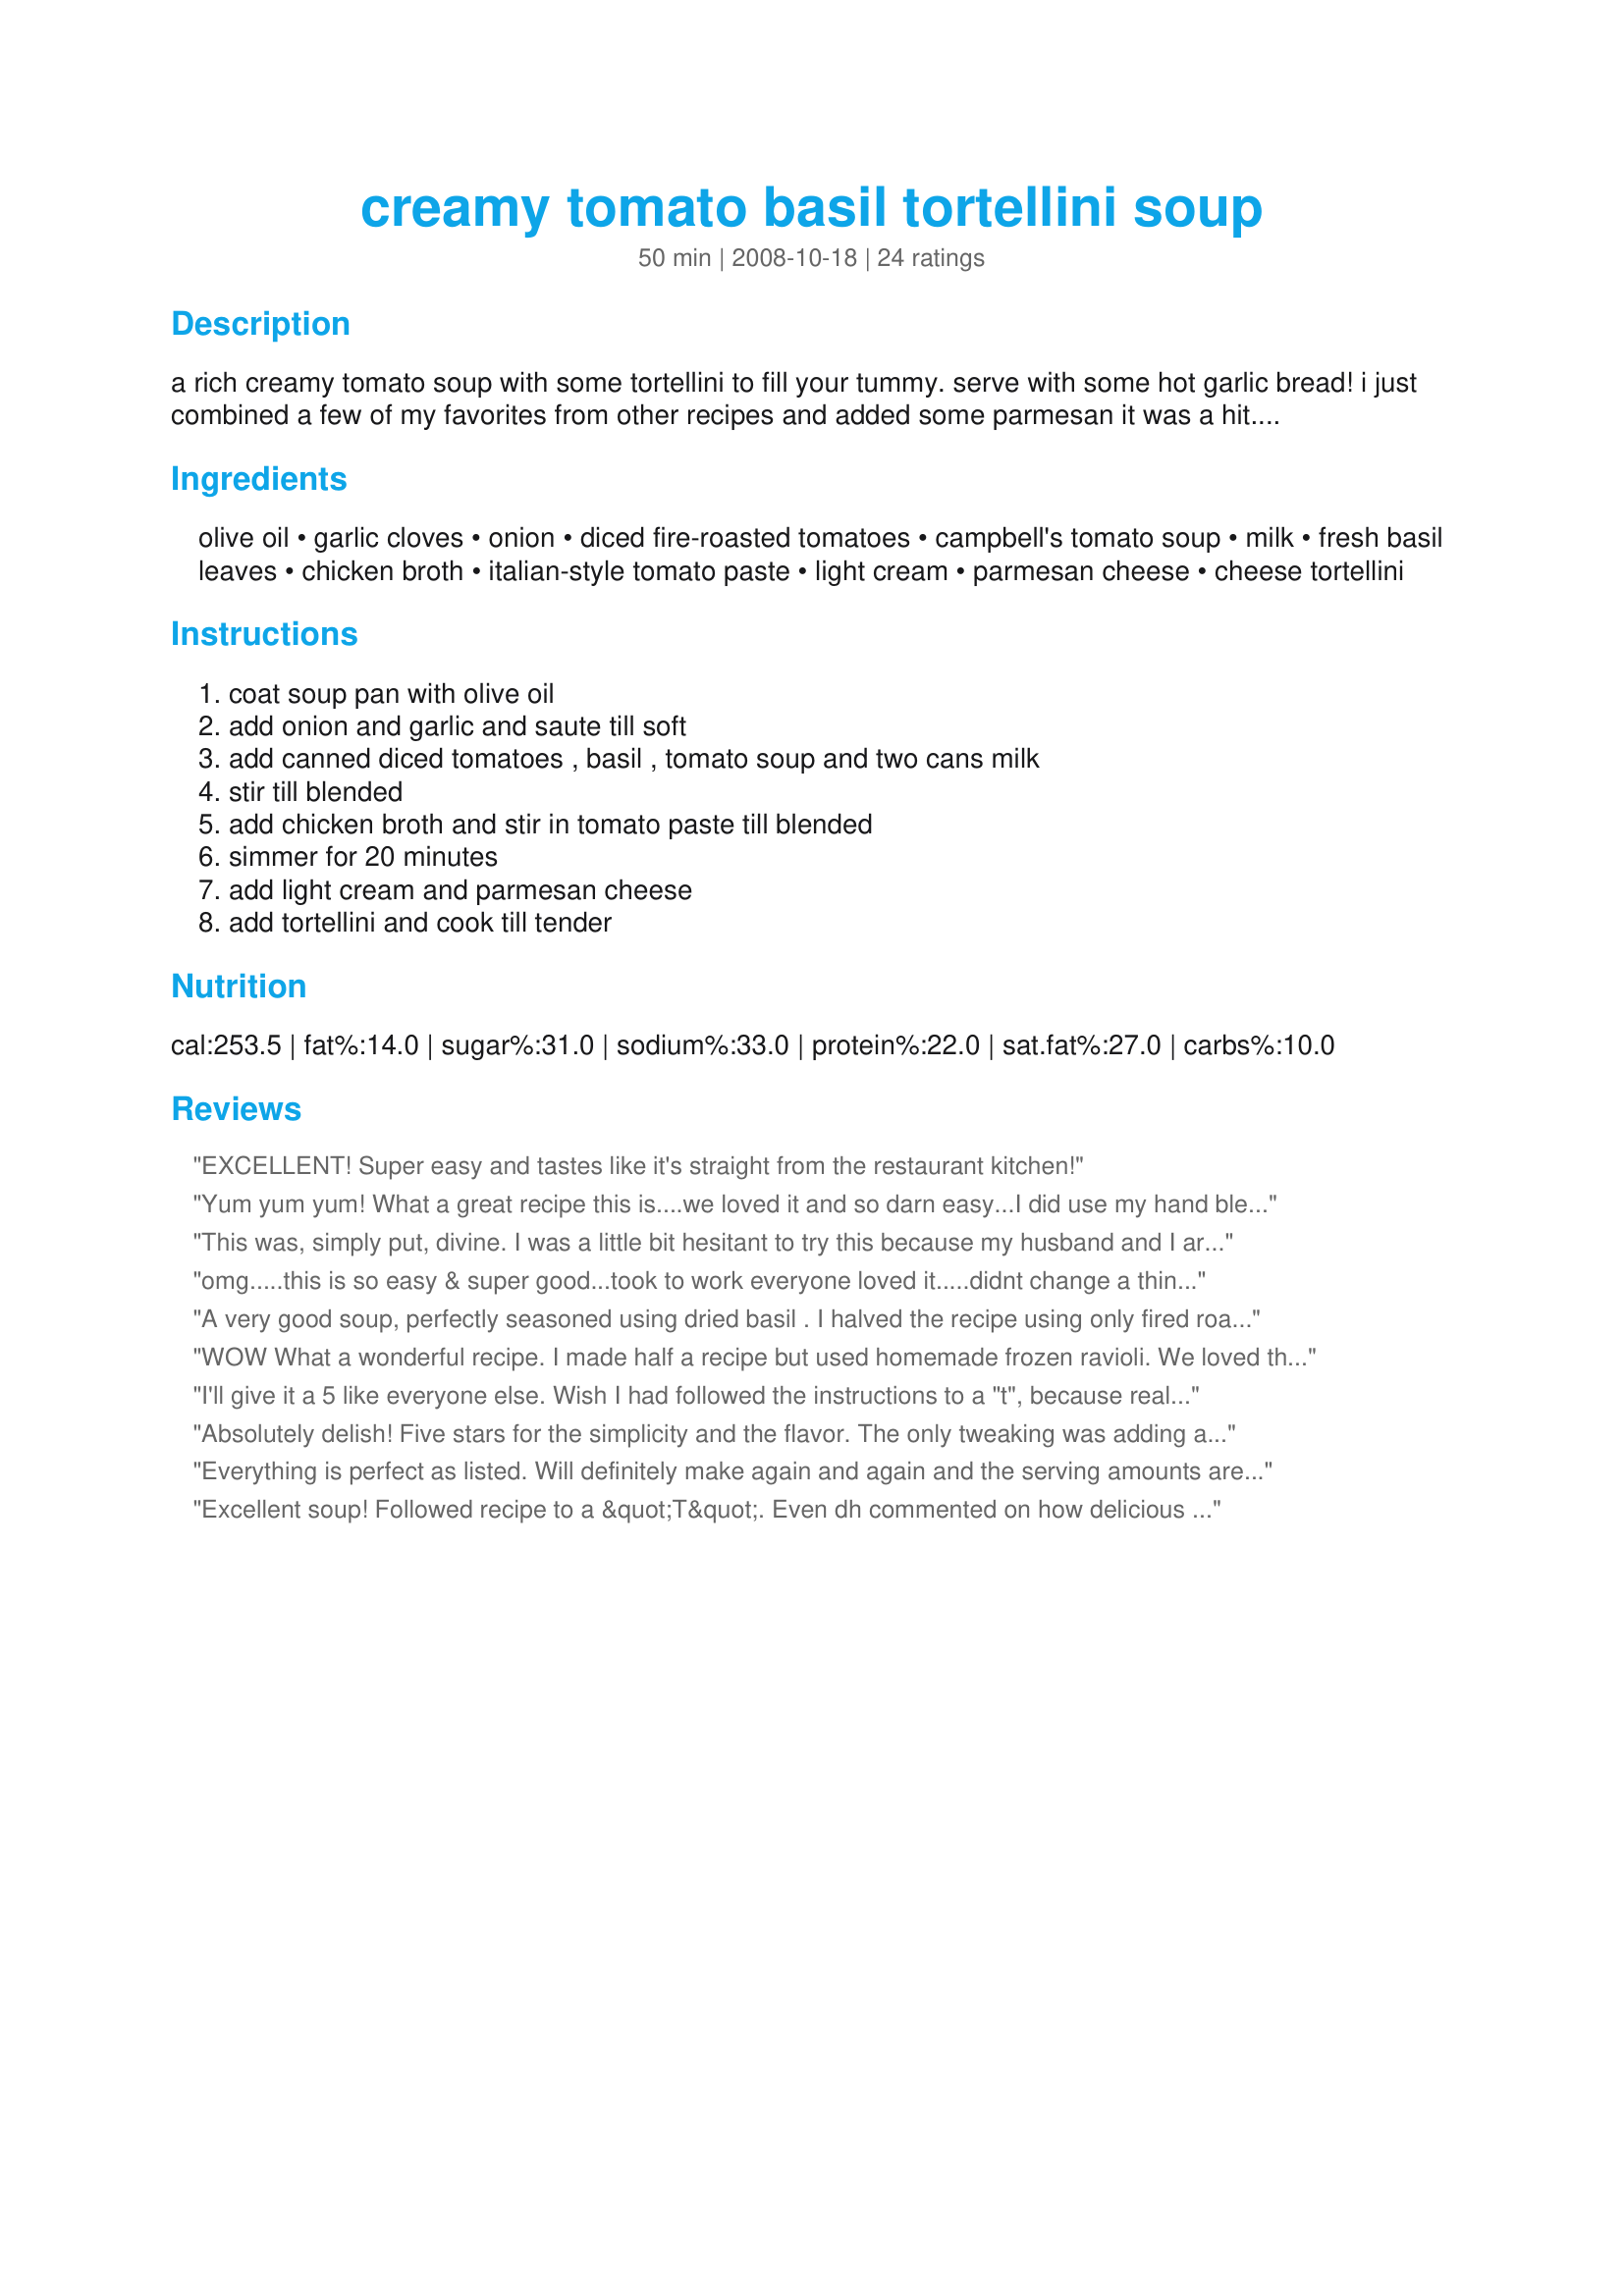
creamy tomato basil tortellini soup
Preparation time: 50 minutes

a rich creamy tomato soup with some tortellini to fill your tummy. serve with some hot garlic bread! i just combined a few of my favorites from other recipes and added some parmesan it was a hit. hope you enjoy it too!

Ingredients:
olive oil, garlic cloves, onion, diced fire-roasted tomatoes, campbell's tomato soup, milk, fresh basil leaves, chicken broth, italian-style tomato paste, light cream, parmesan cheese, cheese tortellini

Steps:
coat soup pan with olive oil, add onion and garlic and saute till soft, add canned diced tomatoes , basil , tomato soup and two cans milk, stir till blended, add chicken broth and stir in tomato paste till blended, simmer for 20 minutes, add light cream and parmesan cheese, add tortellini and cook till tender

Reviews:
EXCELLENT! Super easy and tastes like it's straight from the restaurant kitchen!
Yum yum yum! What a great recipe this is....we loved it and so darn easy...<br/>I did use my hand blender in it to make it smooth...It tasted like I slaved all day over the pot!<br/>If you like good tomato bisque soup, give this reicipe a try... I used fat free half and half, fat free milk and the healthy request tomato soups...you sure could not tell that it was on the light side.
This was, simply put, divine. I was a little bit hesitant to try this because my husband and I are not fond of tomatoes, but I thought there might be enough other flavors in the dish to balance it out. I am SO glad I took the plunge! We halved the recipe (just the two of us) with no difficulty. We added plenty of extra Parmesan for garnish, but aside from that, this needed no tweaking at all. We served it with one of those grocery baguettes that you can buy pre-made but bake at home - it could not have been any better on a cold, rainy night! Thanks so much - I can't wait to have company over because I know they'll love it just as much as we did!
omg.....this is so easy & super good...took to work everyone loved it.....didnt change a thing...thanks 4 a great easy recipe:)
A very good soup, perfectly seasoned using dried basil . I halved the recipe using only fired roasted tomatoes and no tomato paste, personal preference. I used gnocchi in place of tortellini. I blended until smooth with a stick blender. A great soup with a salad. Thanks for posting.
WOW What a wonderful recipe. I made half a recipe but used homemade frozen ravioli. We loved this and will have it many times again. I did add more fresh basil that stated but was great. I used a hand blender before adding the ravioli. Served with french bread, butter and parmesan, broiled for 30-45 sec.
I'll give it a 5 like everyone else. Wish I had followed the instructions to a "t", because really it was about a 4 as I made substitutions with what I had. I used Tomatoe Bisque soup instead of regular, and I only had 1 can of fire-roasted tomatoes so I used a regular can for the 2nd. So I wish it had just a tiny tad more "kick" to it than it did--but otherwise the flavor was outstanding. Served with a hearty toasted loaf of bread, and it was a lovely Sunday evening dinner.
Absolutely delish! Five stars for the simplicity and the flavor. The only tweaking was adding a dash of cayenne pepper to the bowl after it was served.
Everything is perfect as listed. Will definitely make again and again and the serving amounts are correct. 3 adults eating this just as dinner went through most of it (~75%) because there wasn&#039;t bread or anything on the side. But because I didn&#039;t pur
Excellent soup! Followed recipe to a &quot;T&quot;. Even dh commented on how delicious and filling this soup was.
This is great soup and very easy to make. We loved it and I can imagine making it with other small noodles or none at all. Thanks for posting!
I had 1 can of fire roasted Rotel tomatoes (with green chiles) and that added QUITE a kick! Took away from the other flavors. My fault - next time, no heat. I did puree the mixture with hand blender and I definitely like it that way. Had a 12 oz. package of cheese tortellini, which didn't seem to be enough for that amount of liquid. Will make it again with either Muir Glen fire roasted tomatoes or just regular.
This soup offers great results for such little effort! I love the creaminess in the texture. I did not have the "fire roasted" tomatoes so used stewed tomatoes and added 1/2 tsp of house seasoning too. I used frozen tortellini which I precooked as the directions didn't state whether to use fresh or frozen. Really excellent and I will make this again! Thx Diane.
Excellent! Made this for Chistmas soup lunch along with a couple other soups and pulled pork sandwiches. This was easy and is a new family favorite. I used tomato bisque soup from Campbell's rather than regular, think it added to the creaminess. I also used whipping cream rather than half and half and upped to about a cup. Top with shredded parmesan and it tastes just like Grisantis!
This is great! Wife and even the kids loved it! I couldn't find fire roasted tomato's so I used a can of diced (regular) and a can of spicy (Brushetta type) and it had a really nice kick to it.

Restraunt quality soup for sure!
Really good! I didn't have any Italian tomato paste so I added a pinch of italain seasoning. My DH love it! It needed some ummmph for me but would definitely make it again. Thanks!
Very hearty and filling and packed with flavor . Also, it couldn't be easier! I will definitely make this often!
My daughter fixed it for dinner! My first time having it! So delicious I had two bowls of it &amp; I’m not a soup person. I rate it a 5!
Delicious!
Amazing! Served it for guests and they loved. The little 7 year even asked for seconds! Can't wait till I have fresh basil this summer to make this with!
This was outstanding. We all went crazy for it! I used skim milk and fat free half and half and it was GREAT.....we didn't miss the fat at all. I was concerned it would be sweet because of the tomato soup, but it wasn't sweet at all. We will definitely make this a regular menu item.
Delicious! I followed everything but added more tortellini and some fresh spinach.
This is delicious! Followed as written. Very yummy, got 7 serves. Thanks for sharing!
This soup was a hit! I snuck in some spinach and my son didn&#039;t even notice because he was too busy devouring his bowl. Hubby went back for seconds. I doubled the recipe so we will happily be eating leftovers tonight!
